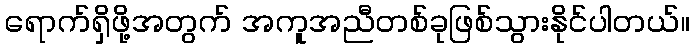
ရောက်ရှိဖို့အတွက် အကူအညီတစ်ခုဖြစ်သွားနိုင်ပါတယ်။